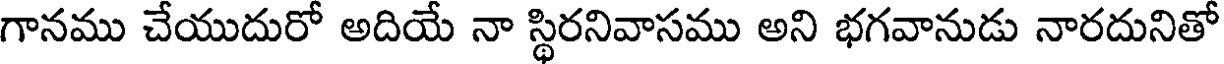
గానము చేయుదురో అదియే నా స్థిరనివాసము అని భగవానుడు నారదునితో